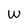
Character: W